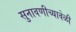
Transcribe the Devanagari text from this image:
सुनावणीच्यावेळी